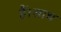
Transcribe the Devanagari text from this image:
हैं।साथ